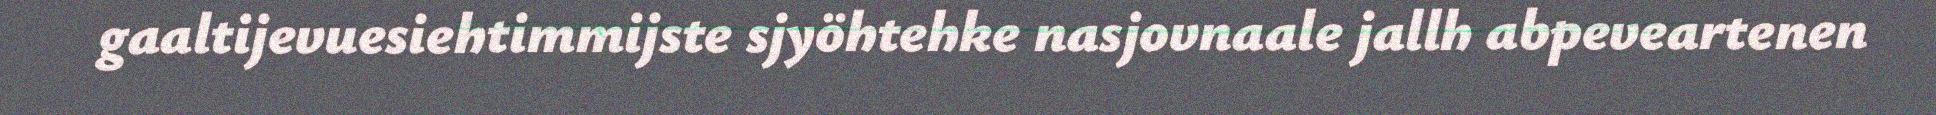
gaaltijevuesiehtimmijste sjyöhtehke nasjovnaale jallh abpeveartenen